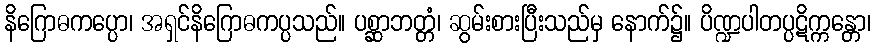
နိဂြောဓကပ္ပော၊ အရှင်နိဂြောဓကပ္ပသည်။ ပစ္ဆာဘတ္တံ၊ ဆွမ်းစားပြီးသည်မှ နောက်၌။ ပိဏ္ဍပါတပ္ပဋိက္ကန္တော၊